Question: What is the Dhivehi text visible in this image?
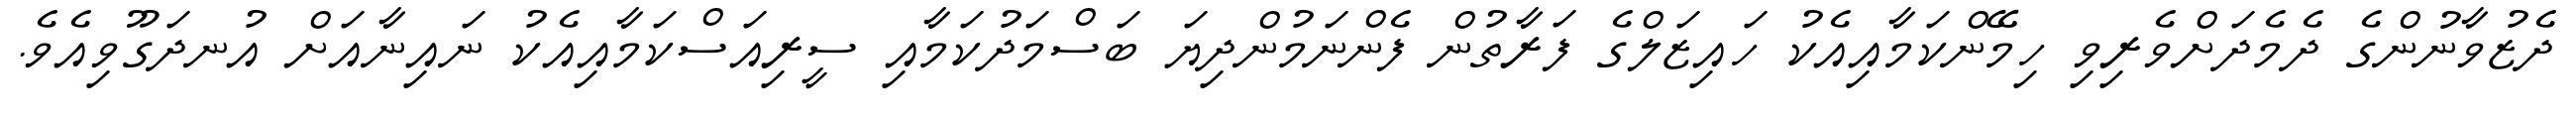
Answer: ދެޒުވާނުންގެ ދެމެދަށްވެރިވި ހިމޭންކަމާއިއެކު ހައިޒަލްގެ ފަރާތުން ފެންނަމުންދިޔަ ބަސްމަދުކަމާއި ސީރިއަސްކަމާއިއެކު ނައިނާއަށް އުނދަގޫވިއެވެ.